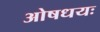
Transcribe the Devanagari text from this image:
ओषधयः